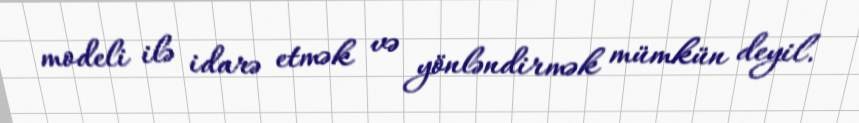
modeli ilə idarə etmək və yönləndirmək mümkün deyil.